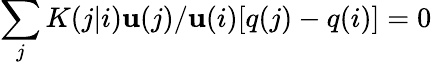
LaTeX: \sum_{j}K(j|i)\mathbf{u}(j)/\mathbf{u}(i)[q(j)-q(i)]=0